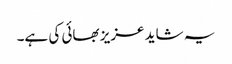
یہ شاید عزیز بھائی کی ہے۔